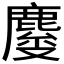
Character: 𱊿